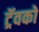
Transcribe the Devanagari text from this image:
ट्रॅवको